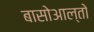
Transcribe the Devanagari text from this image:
बासोआल्तो